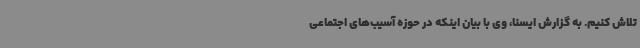
تلاش کنیم. به گزارش ایسنا، وی با بیان اینکه در حوزه آسیب‌های اجتماعی